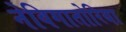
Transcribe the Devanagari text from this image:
नेविगातोरिया